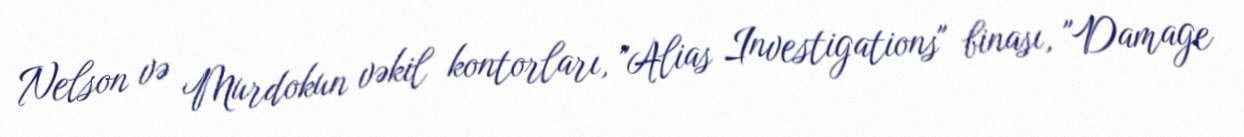
Nelson və Murdokun vəkil kontorları, "Alias Investigations" binası, "Damage